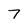
Character: 7